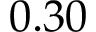
0 . 3 0